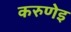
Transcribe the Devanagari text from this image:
करुणेइ